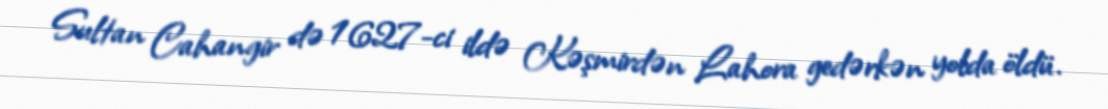
Sultan Cahangir də 1627-ci ildə Kəşmirdən Lahora gedərkən yolda öldü.